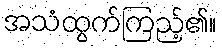
အသံထွက်ကြည့်၏။